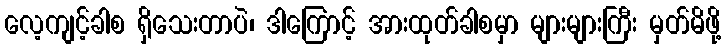
လေ့ကျင့်ခါစ ရှိသေးတာပဲ၊ ဒါကြောင့် အားထုတ်ခါစမှာ များများကြီး မှတ်မိဖို့